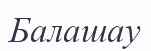
Балашау